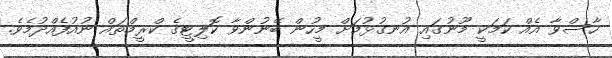
ހާސްވާ އެއް ކަމަކީ މޫނުގައި އުނގުޅުމަށް މީހުން ބޭނުންވާ ކޮލިޓީގެ ކްރީމްތައް ނުއުފެއްދުމެވެ.